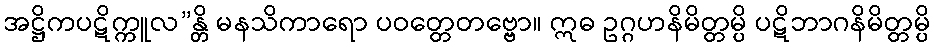
အဋ္ဌိကပဋိက္ကူလ”န္တိ မနသိကာရော ပဝတ္တေတဗ္ဗော။ ဣဓ ဥဂ္ဂဟနိမိတ္တမ္ပိ ပဋိဘာဂနိမိတ္တမ္ပိ